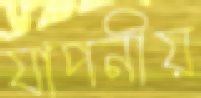
যাপনীয়